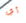
أي